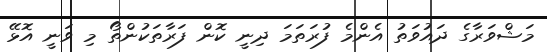
މަޝްވަރާގެ ދައުވަތު އެންމެ ފުރަތަމަ ދިނީ ކޮން ފަރާތަކުންތޯ މި ވަނީ އޮޅޭ